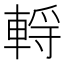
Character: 𰹗